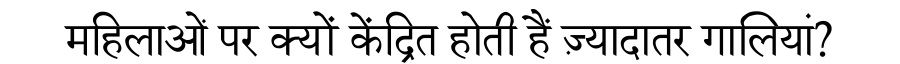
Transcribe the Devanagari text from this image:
महिलाओं पर क्यों केंद्रित होती हैं ज़्यादातर गालियां?